65_HS1-834228961_62-HQ-83894_Section_8
Agency: FBI
Page 1
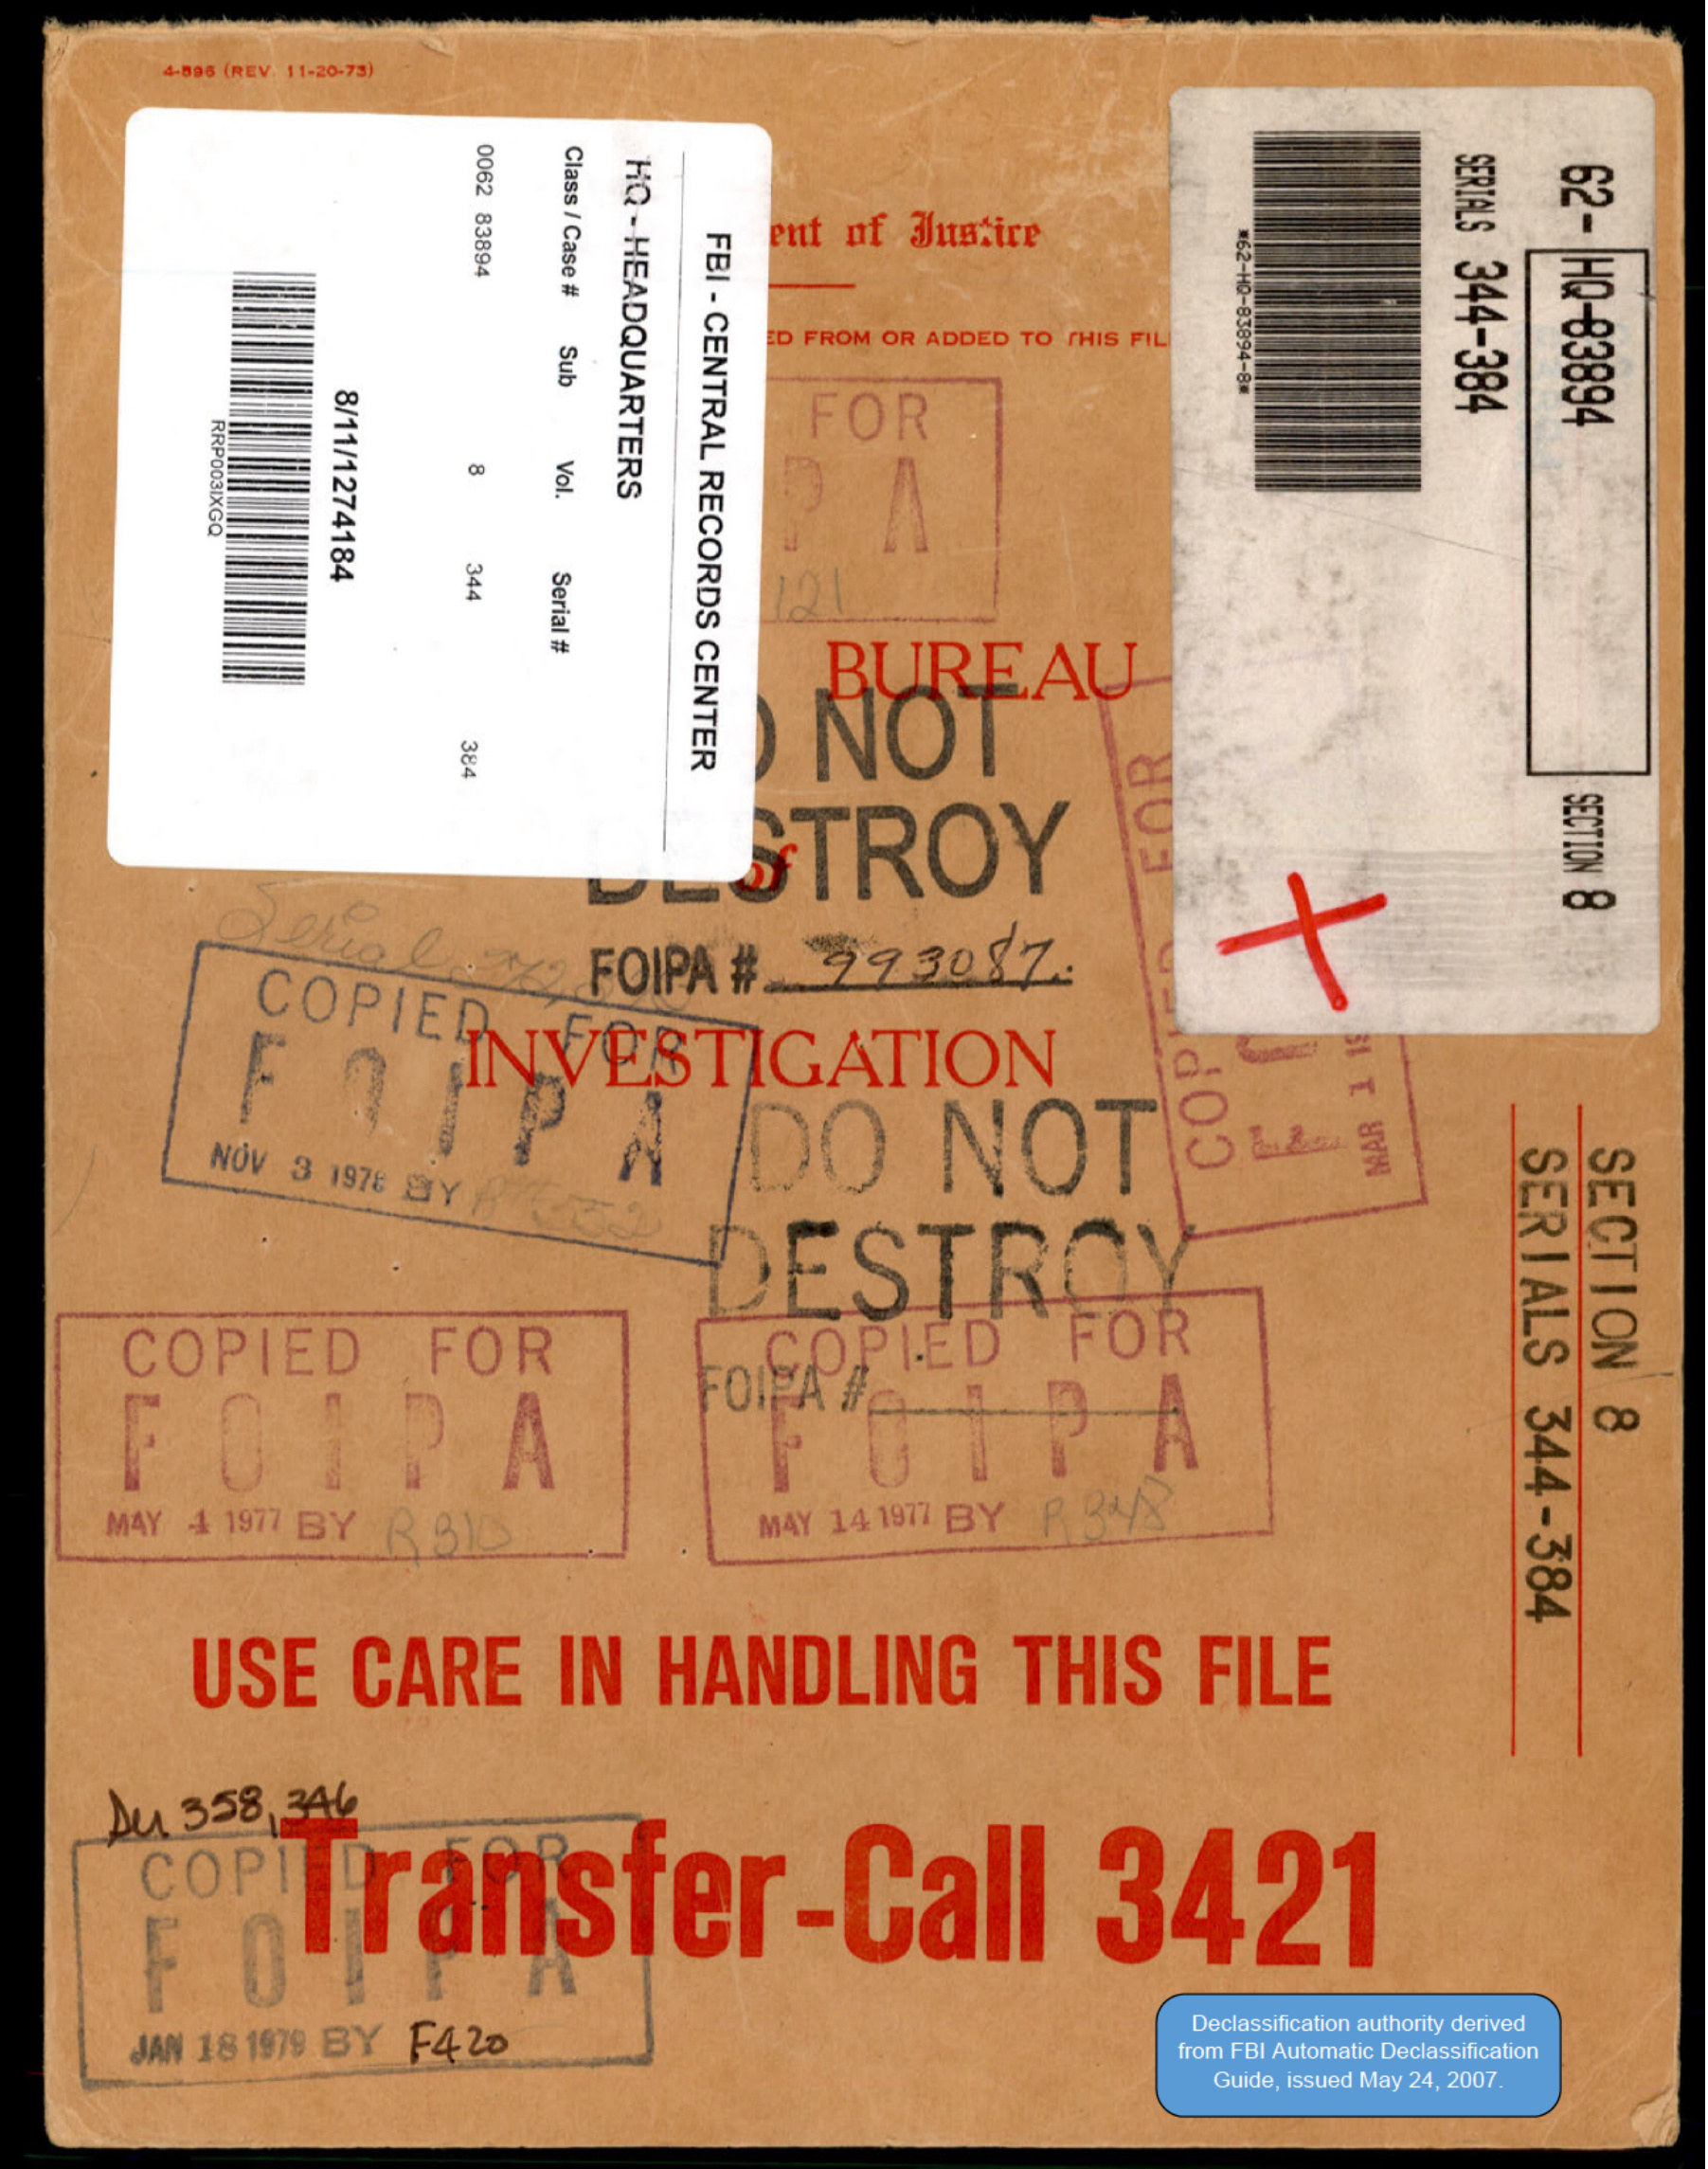